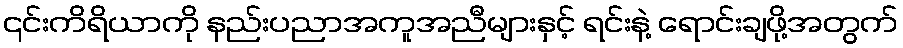
၎င်းကိရိယာကို နည်းပညာအကူအညီများနှင့် ရင်းနဲ့ ရောင်းချဖို့အတွက်